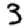
Digit: 3